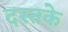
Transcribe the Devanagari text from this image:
दस्तके